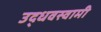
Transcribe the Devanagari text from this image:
उद्धवस्वामी